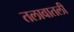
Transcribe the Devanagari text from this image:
तलावातली